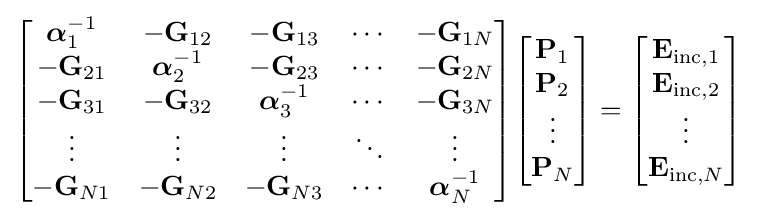
{\begin{bmatrix}{\boldsymbol {\alpha }}_{1}^{-1}&-\mathbf {G} _{12}&-\mathbf {G} _{13}&\cdots &-\mathbf {G} _{1N}\\-\mathbf {G} _{21}&{\boldsymbol {\alpha }}_{2}^{-1}&-\mathbf {G} _{23}&\cdots &-\mathbf {G} _{2N}\\-\mathbf {G} _{31}&-\mathbf {G} _{32}&{\boldsymbol {\alpha }}_{3}^{-1}&\cdots &-\mathbf {G} _{3N}\\\vdots &\vdots &\vdots &\ddots &\vdots \\-\mathbf {G} _{N1}&-\mathbf {G} _{N2}&-\mathbf {G} _{N3}&\cdots &{\boldsymbol {\alpha }}_{N}^{-1}\end{bmatrix}}{\begin{bmatrix}\mathbf {P} _{1}\\\mathbf {P} _{2}\\\vdots \\\mathbf {P} _{N}\end{bmatrix}}={\begin{bmatrix}\mathbf {E} _{\mathrm {inc} ,1}\\\mathbf {E} _{\mathrm {inc} ,2}\\\vdots \\\mathbf {E} _{\mathrm {inc} ,N}\end{bmatrix}}